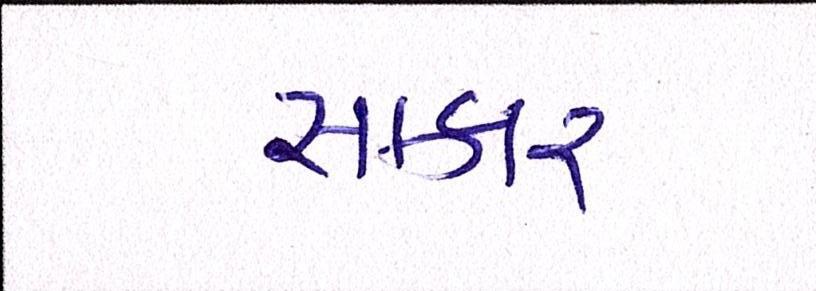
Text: સાકાર